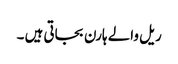
ریل والے ہارن بجاتی ہیں ۔